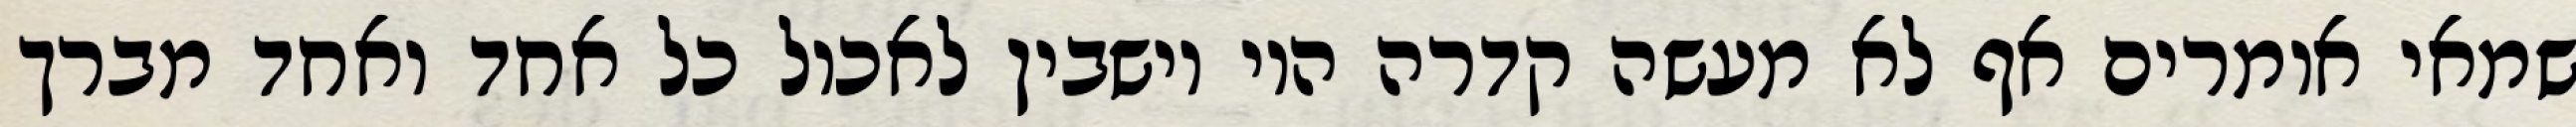
שמאי אומרים אף לא מעשה קדרה היו יושבין לאכול כל אחד ואחד מברך